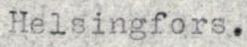
Helsingfors.